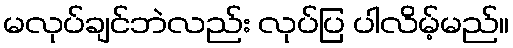
မလုပ်ချင်ဘဲလည်း လုပ်ပြ ပါလိမ့်မည်။